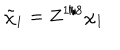
\tilde { \chi } _ { 1 } = Z ^ { 1 / 8 } \chi _ { 1 }